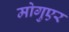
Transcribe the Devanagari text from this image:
मोगुएर